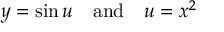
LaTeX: y = \sin u \quad { \mathrm { a n d } } \quad u = x ^ { 2 }